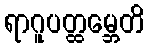
ရာဂူပတ္ထမ္ဘေတိ